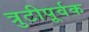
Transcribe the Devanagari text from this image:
त्रुटीपूर्वक